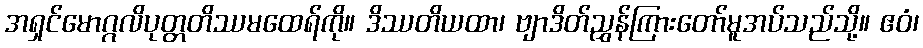
အရှင်မောဂ္ဂလိပုတ္တတိဿမထေရ်ကို။ ဒိဿတိယထာ၊ ဗျာဒိတ်ညွှန်ကြားတော်မူအပ်သည်သို့။ ဧဝံ၊